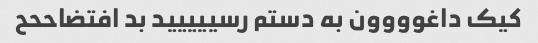
کیک داغوووون به دستم رسییییید بد افتضاححح